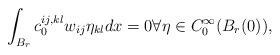
LaTeX: \begin{align*}\int_{B_r} c_{0}^{ij,kl}w_{ij}\eta_{kl}dx =0 \forall\eta \in C_{0}^{\infty}(B_{r}(0)),\end{align*}